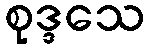
စုဒ္ဒသေ